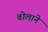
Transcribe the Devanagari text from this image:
बोलाने